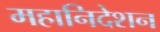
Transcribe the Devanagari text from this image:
महानिदेशन